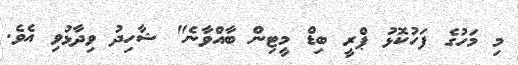
މި މަހުގެ ފަހުކޮޅު ޕްރީ ބިޑް މީޓިން ބާއްވާނެ" ޝާހިދު ވިދާޅުވި އެވެ.